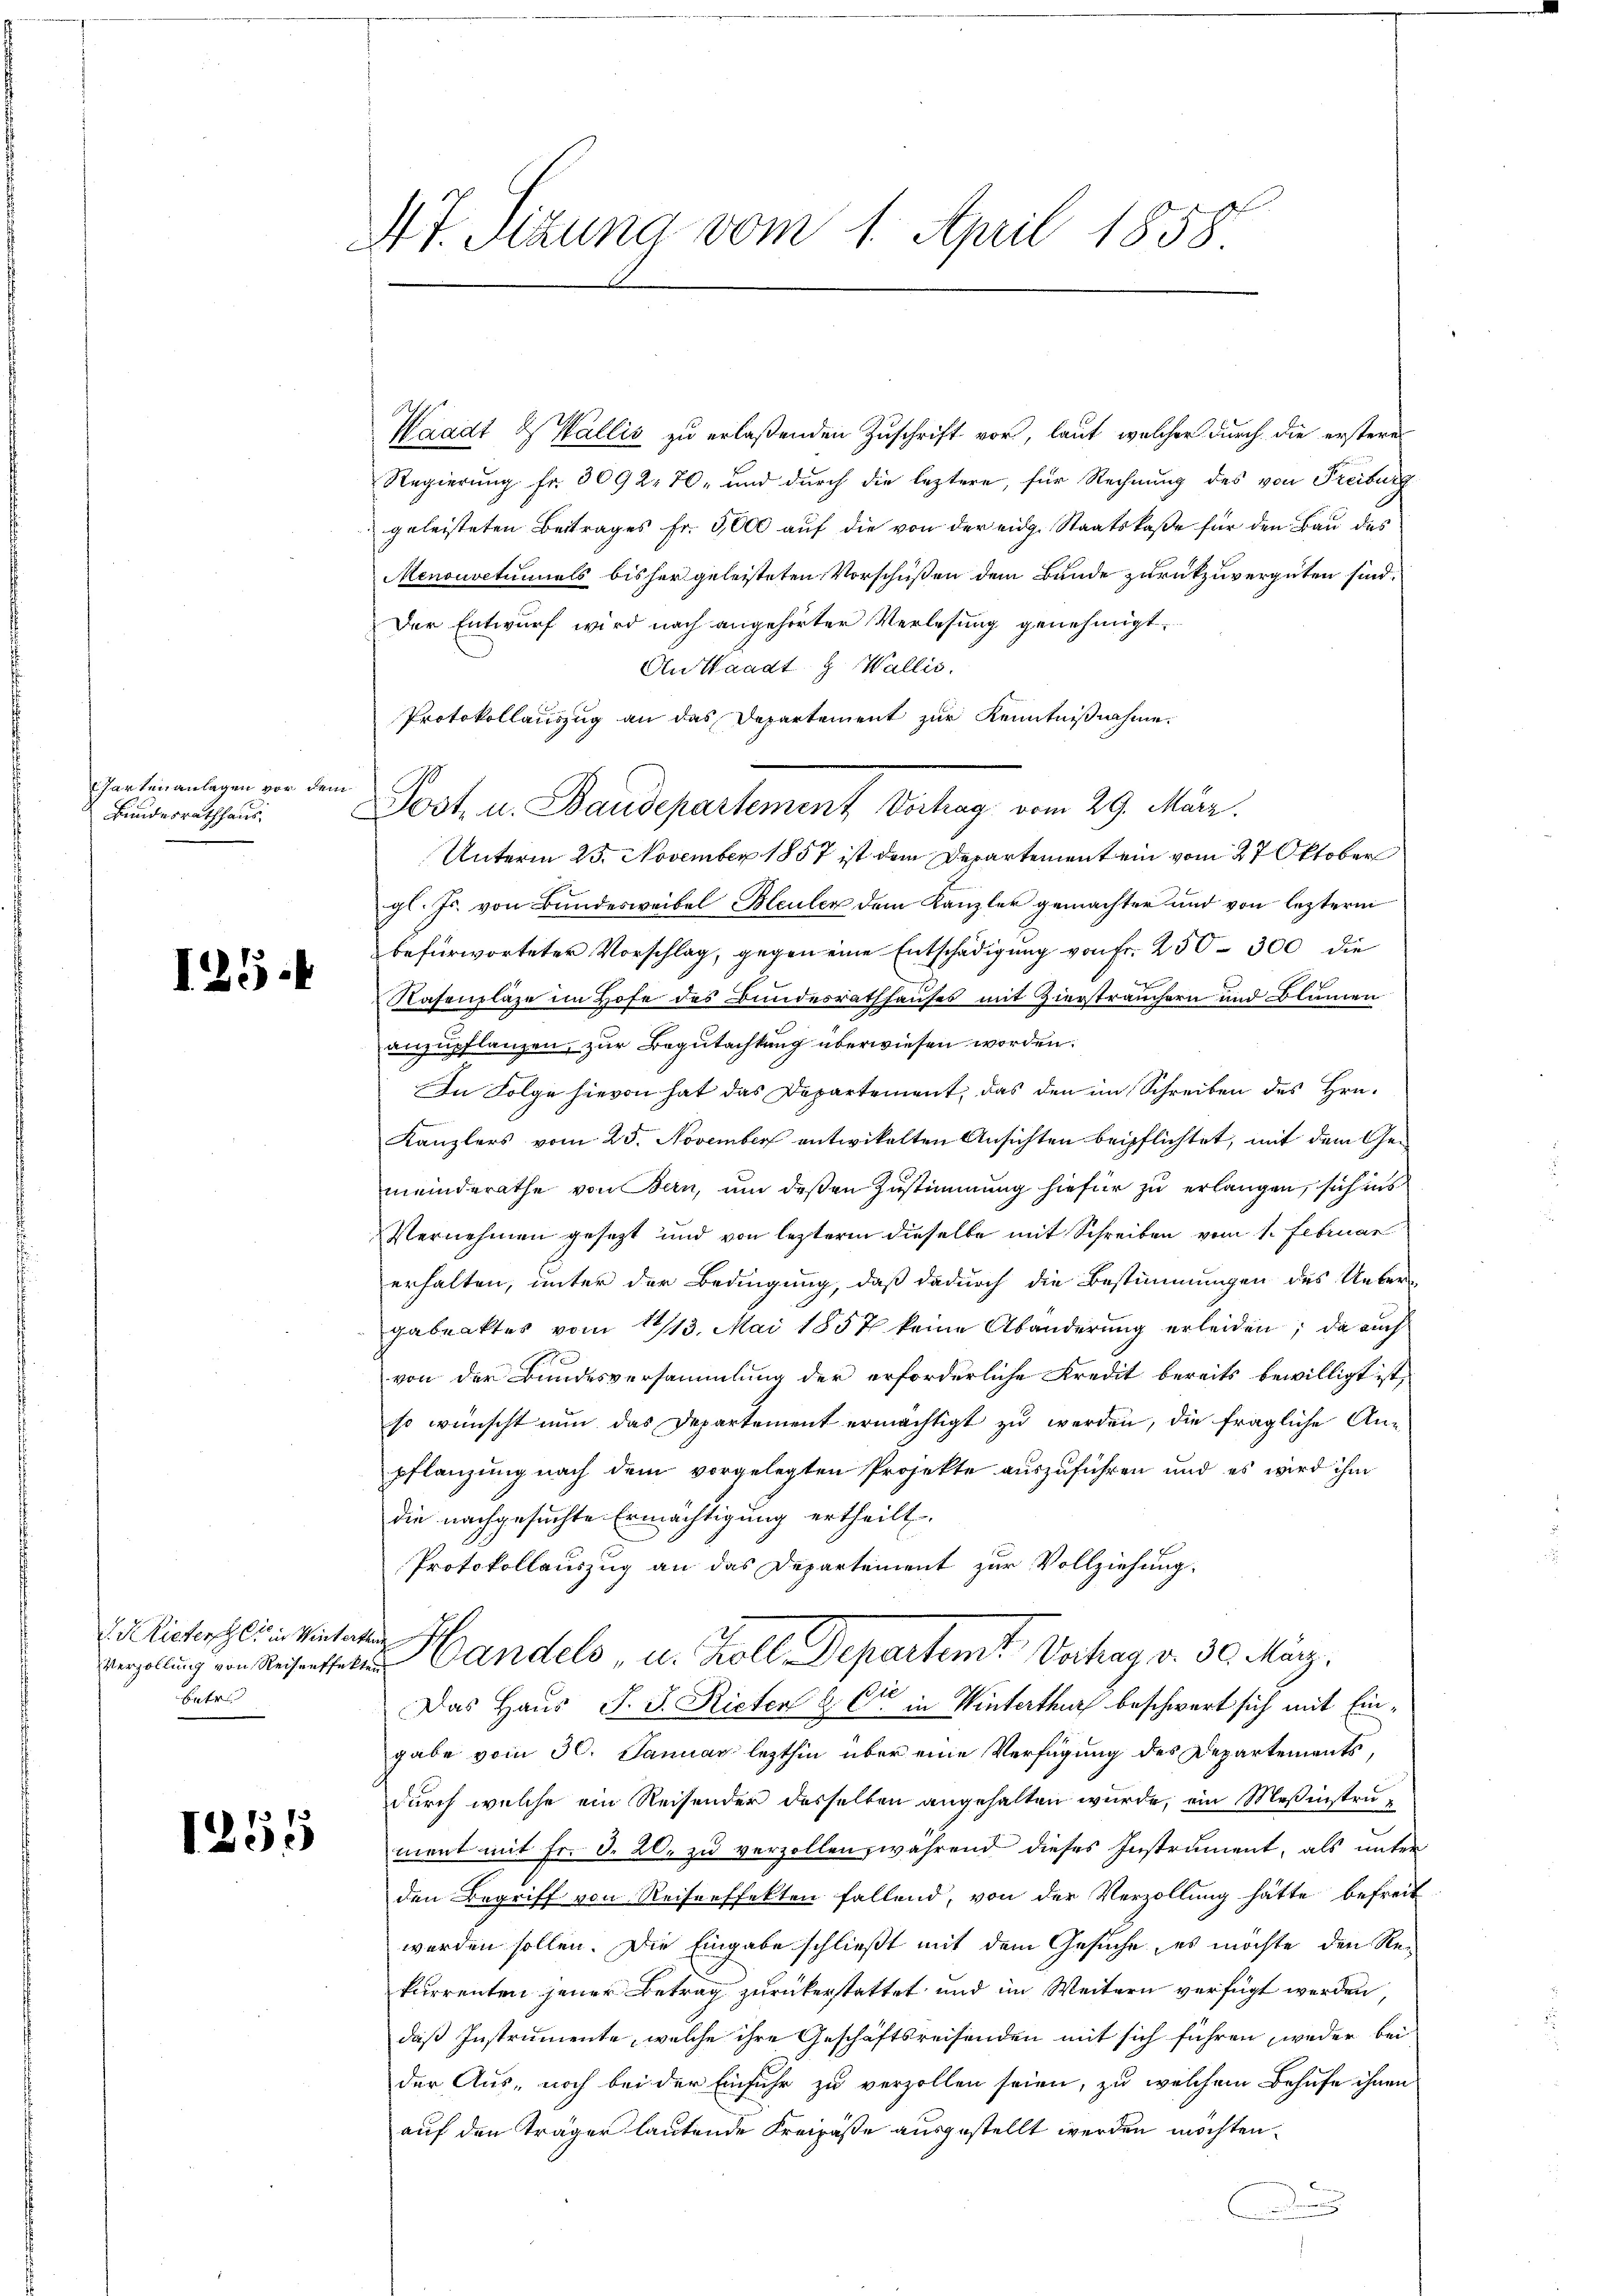
Gartenanlagen vor dem
Bundesrathhaus,

125.

. Rieterschli in Winterten
betre

1255

Mt. Sizung vom 1. April 1858

Waadt & Wallis zu erlaßenden Zuschrift vor, laut, welcher durch die erstere
Regierung fr. 3092 70, und durch die leztere, für Rechnung des von Freiburg
geleisteten Beitrages fr. 5000 aŭf die von der eidg. Staatskaße für den Bau des
Menouvetumiels bisher geleisteten Vorschüßen dem Bunde zurückzuvergüten sind.
Der Entwurf wird nach angehörter Verlesung genehmigt.
An Waadt & Wallis.
Protokollauszug an das Departement zur Kenntnißnahme.
Unterm 25. November 1857 ist dem Departement ein vom 27 Oktober
gl. Js. von Bundesweibel Bleuler dem Kanzler gemachter und von lezterm
befürworteter Vorschlag, gegen eine Entschädigung von Fr. 250–300 die
Nasenlage im Hofe des Bundesrathhauses mit Ziersträuchern und Blumen
anzupflanzen, zur Begutachtung überwiesen worden.
In Folge hievon hat das Departement, das den im Schreiben des Hrn.
Kanzlers vom 25. November entwickelten Ansichten beipflichtet, mit dem Gemeinderathe von Bern, um deßen Zustimmung hiefür zu erlangen, sich ins
Vernehmen gesetzt und von leztere dieselbe mit Schreiben vom 1. Februar
erhalten, unter der Bedingung, daß dadurch die Bestimmungen des Uebergabeaktes vom 14/13. Mai 1857 keine Abänderung erleiden; da auch
von der Bundesversammlung der erforderliche Kredit bereits bewilligt ist,
so wünscht nun das Departement ermächtigt zu werden, die fragliche Anpflanzung nach dem vorgelegten Projekte auszuführen und es wird ihm
die nachgesuchte Ermächtigung ertheilt.
Protokollauszug an das Departement zur Vollziehung.
werpelung ein unsereten Gandels u. Koll Departemt Vorhay v. 30. März.
Das Haus J. J. Rieter & Cie in Winterthur beschwert sich mit Eingabe vom 30. Januar lezthin über eine Verfügung des Departements,
durch welche ein Reisender desselben angehalten wurde, ein Meßinstrument mit Fr. d. 20. zu verzollen, während dieses Instrument, als unter
den Begriff von Reiseeffekten fallend, von der Verzollung hätte befreit
werden sollen. Die Eingabe schließt mit dem Gesuche, es möchte den Re-
kurrenten jener Betrag zurückerstattet und im Weitern verfügt werden,
daß Instrumente, welche ihre Geschäftsreisenden mit sich führen, weder bei
der Aus- noch bei der Einfuhr zu verzollen seien, zu welchem Behufe ihnen
auf den Träger lautende Kreipäße ausgestellt werden möchten.
n

Dost. u. Baudepartement Antrag vom 29. März.